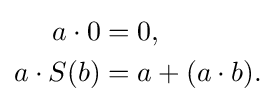
{\begin{aligned}a\cdot 0&=0,\\a\cdot S(b)&=a+(a\cdot b).\end{aligned}}